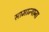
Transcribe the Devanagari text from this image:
सामान्याना